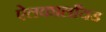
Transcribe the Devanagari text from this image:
ऐलकालाँयड